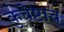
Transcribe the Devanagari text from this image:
कुचेष्टाच